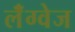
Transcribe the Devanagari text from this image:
लॅंग्वेज